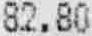
82.80